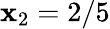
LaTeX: \mathbf{x}_{2}=2/5